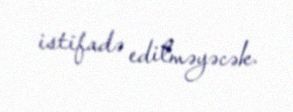
istifadə edilməyəcək.